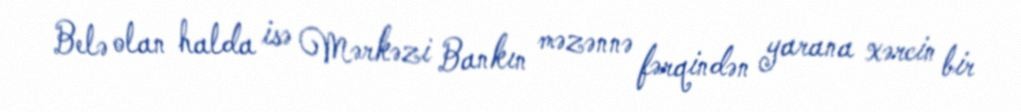
Belə olan halda isə Mərkəzi Bankın məzənnə fərqindən yarana xərcin bir